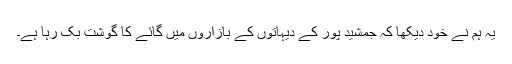
یہ ہم نے خود دیکھا کہ جمشید پور کے دیہاتوں کے بازاروں میں گائے کا گوشت بک رہا ہے۔